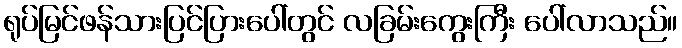
ရုပ်မြင်ဖန်သားပြင်ပြားပေါ်တွင် လခြမ်းကွေးကြီး ပေါ်လာသည်။